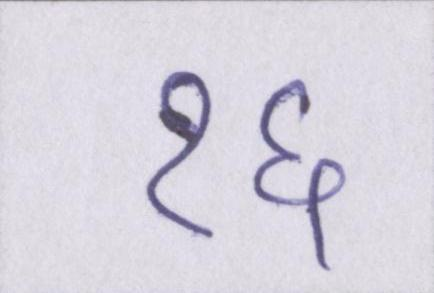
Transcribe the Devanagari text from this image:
१६